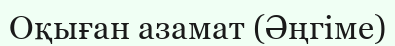
Оқыған азамат (Әңгіме)